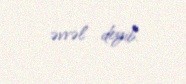
əvvəl deyib.